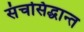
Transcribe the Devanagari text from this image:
संचसिद्धान्त